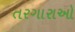
તરગારાઓ